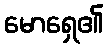
မောရှေ၏